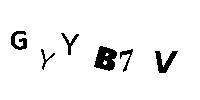
GYYB7V